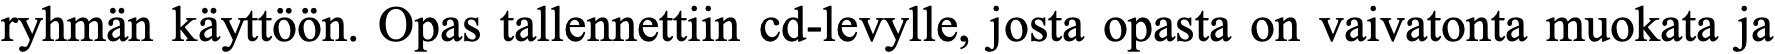
ryhmän käyttöön. Opas tallennettiin cd-levylle, josta opasta on vaivatonta muokata ja